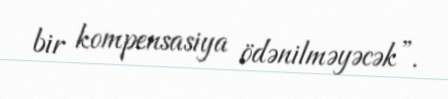
bir kompensasiya ödənilməyəcək”.